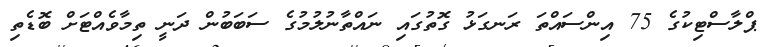
ޕްލާސްޓިކުގެ 75 އިންސައްތަ ރަނގަޅު ގޮތުގައި ނައްތާނުލުމުގެ ސަބަބުން ދަނީ ތިމާވެއްޓަށް ބޮޑެތި